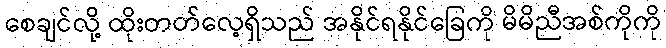
စေချင်လို့ ထိုးတတ်လေ့ရှိသည် အနိုင်ရနိုင်ခြေကို မိမိညီအစ်ကိုကို